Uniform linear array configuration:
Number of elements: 12
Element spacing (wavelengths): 0.25
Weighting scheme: cosine
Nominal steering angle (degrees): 60
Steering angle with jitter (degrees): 61.006
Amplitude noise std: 0.05
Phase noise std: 0.05

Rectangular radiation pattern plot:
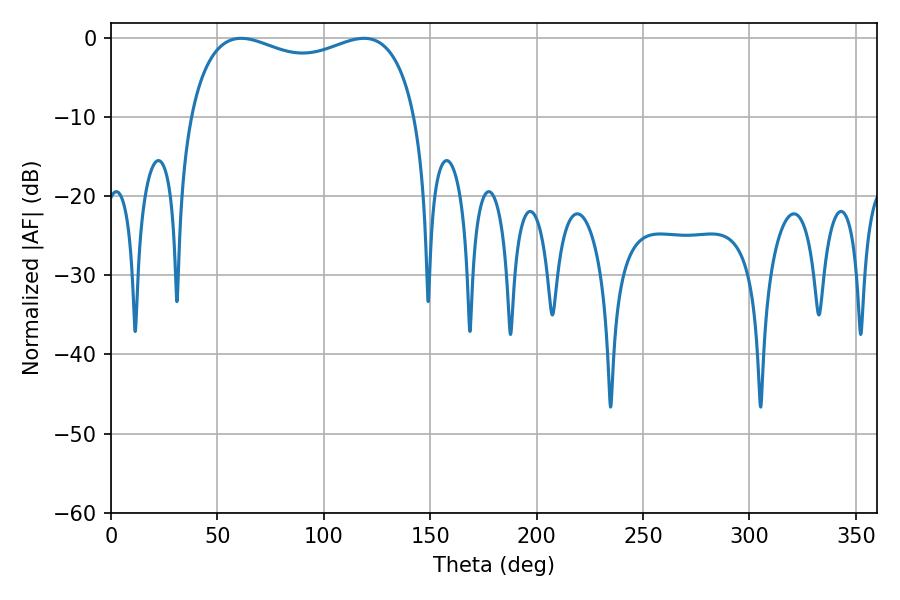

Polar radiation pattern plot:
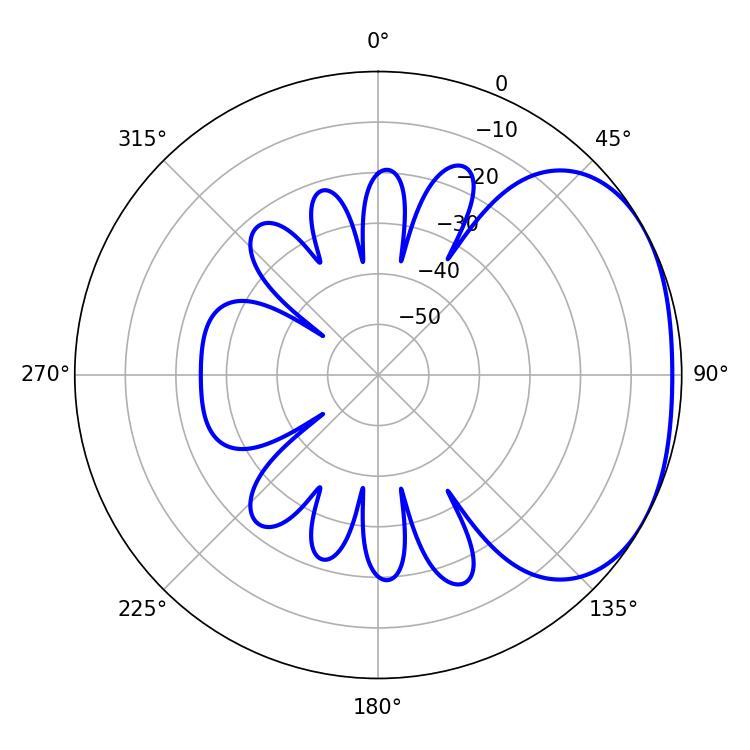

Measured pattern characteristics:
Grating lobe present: FALSE
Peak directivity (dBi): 2.263
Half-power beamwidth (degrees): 87.84
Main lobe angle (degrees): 61.2